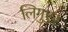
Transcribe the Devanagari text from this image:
लिगुएर